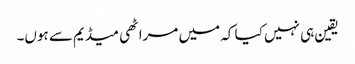
یقین ہی نہیں کیا کہ میں مراٹھی میڈیم سے ہوں۔